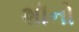
શૉનો